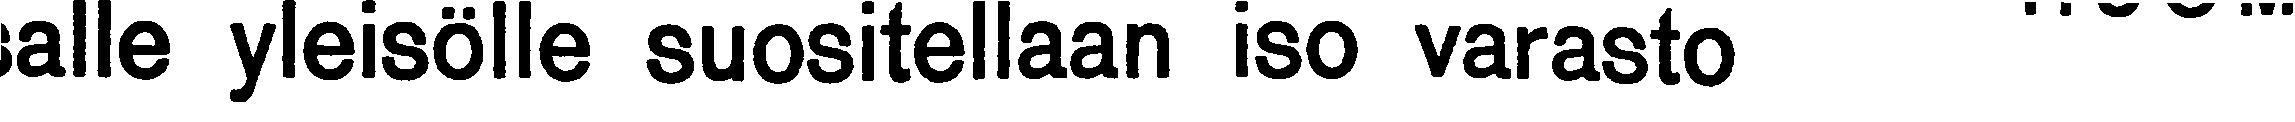
alle yleisölle suositellaan iso varasto